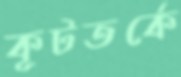
কূটতর্কে